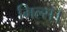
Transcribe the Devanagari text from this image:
मिल्स।